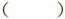
（）